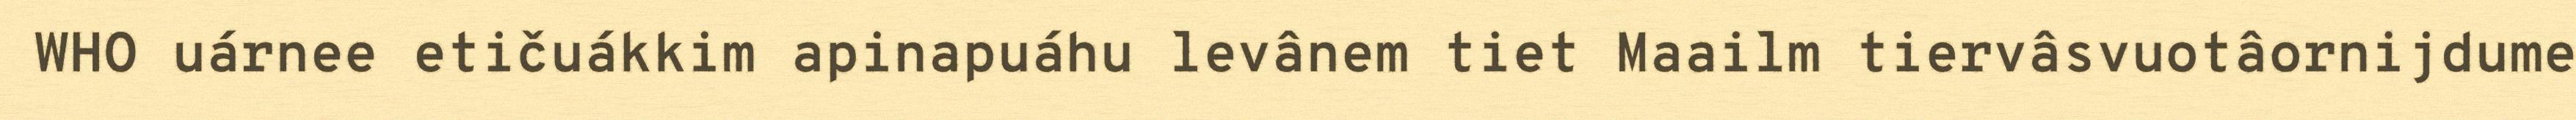
WHO uárnee etičuákkim apinapuáhu levânem tiet Maailm tiervâsvuotâornijdume